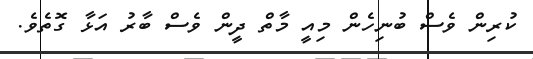
ކުރިން ވެސް ބުނިހެން މިއީ މާތް ދީން ވެސް ބާރު އަޅާ ގޮތެވެ.